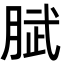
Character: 𭨹